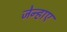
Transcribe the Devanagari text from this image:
जेन्हाए